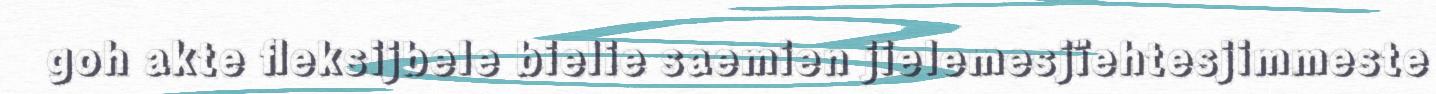
goh akte fleksijbele bielie saemien jielemesjïehtesjimmeste